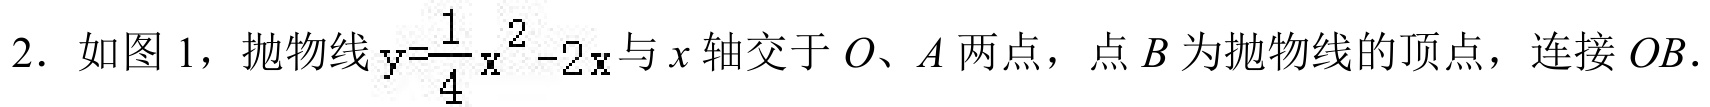
2. 如图 1，抛物线\(y = \frac{1}{4}x^{2}-2x\)与\(x\)轴交于\(O、A\)两点，点\(B\)为抛物线的顶点，连接\(OB\).